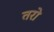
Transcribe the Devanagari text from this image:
तरो